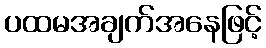
ပထမအချက်အနေဖြင့်